Standards of the constituents of the urine and blood and the bearing of the metabolism of Bengalis on the problems of nutrition - Number 34
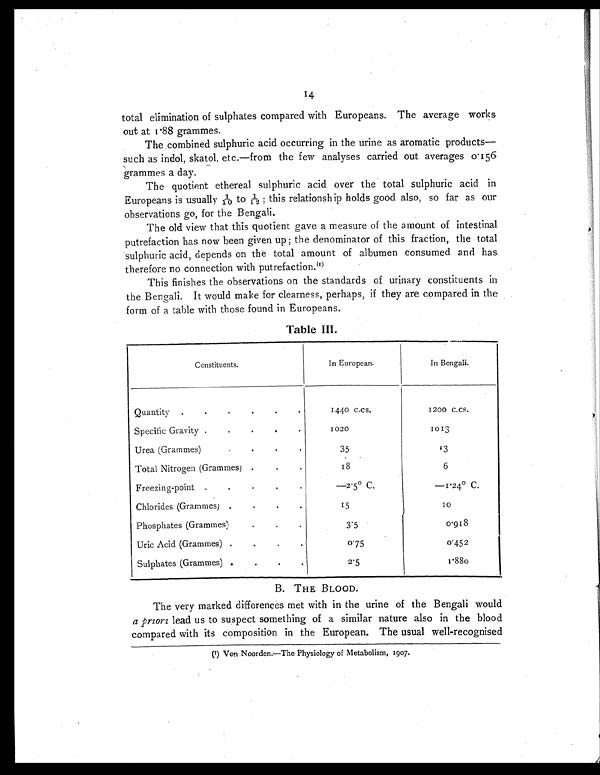
14.
total elimination of sulphates compared with Europeans. The average works
out at 1.88 grammes.
The combined sulphuric acid occurring in the urine as aromatic products—
such as indol, skatol, etc.—from the few analyses carried out averages 0.156
grammes a day.
The quotient ethereal sulphuric acid over the total sulphuric acid in
Europeans is usually 1/10 to 1/12 ; this relationship holds good also, so far as our
observations go, for the Bengali.
The old view that this quotient gave a measure of the amount of intestinal
putrefaction has now been given up ; the denominator of this fraction, the total
sulphuric acid, depends on the total amount of albumen consumed and has
therefore no connection with putrefaction. ( 1 )
This finishes the observations on the standards of urinary constituents in
the Bengali. It would make for clearness, perhaps, if they are compared in the
form of a table with those found in Europeans.
Table III.
Constituents.
In European.
In Bengali.
Quantity .
.
.
.
.
.
1440 c.cs.
1200 c.cs.
Specific Gravity .
.
.
.
.
1020
1013
Urea (Grammes)
.
.
.
.
35
13
Total Nitrogen (Grammes) .
.
.
18
6
Freezing-point .
.
.
.
.
—2.5° C.
—1.24° C.
Chlorides (Grammes) .
.
.
.
15
10
Phosphates (Grammes)
.
.
.
3.5
0.918
Uric Acid (Grammes) .
.
.
.
0 . 75
0.452
Sulphates (Grammes) .
.
.
.
2.5
1.880
B. THE BLOOD.
The very marked differences met with in the urine of the Bengali would
a priori lead us to suspect something of a similar nature also in the blood
compared with its composition in the European. The usual well-recognised
(1) Von Noorden.—The Physiology of Metabolism, 1907.